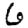
Digit: 6